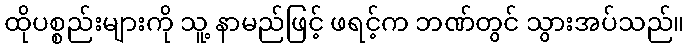
ထိုပစ္စည်းများကို သူ့ နာမည်ဖြင့် ဖရင့်က ဘဏ်တွင် သွားအပ်သည်။